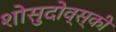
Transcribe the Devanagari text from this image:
शोसुदोव्स्की